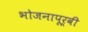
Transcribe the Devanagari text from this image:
भोजनापूर्वी